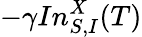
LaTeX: -\gamma In_{S,I}^{X}(T)